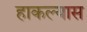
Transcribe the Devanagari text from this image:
हाकल्यास